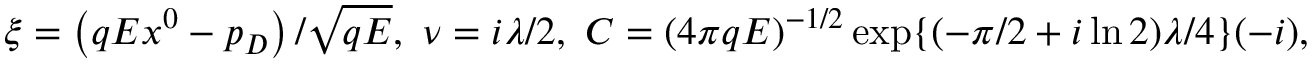
\xi = \left( q E x ^ { 0 } - p _ { D } \right) / \sqrt { q E } , \smallskip \ \nu = i \lambda / 2 , \smallskip \ C = ( 4 \pi q E ) ^ { - 1 / 2 } \exp \{ ( - \pi / 2 + i \ln 2 ) \lambda / 4 \} ( - i ) ,